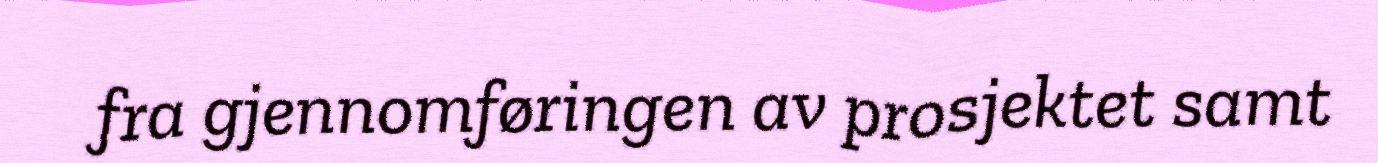
fra gjennomføringen av prosjektet samt